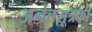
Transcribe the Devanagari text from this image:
अनंतसूत्रकी